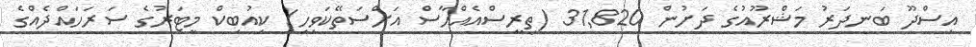
އިސްދޫ ބަނދަރު މަޝްރޫއުގެ ދަށުން 31